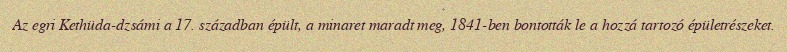
Az egri Kethüda-dzsámi a 17. században épült, a minaret maradt meg, 1841-ben bontották le a hozzá tartozó épületrészeket.